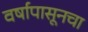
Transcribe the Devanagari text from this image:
वर्षापासूनचा